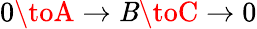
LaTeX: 0\toA\to\mathit{B}\toC\to0